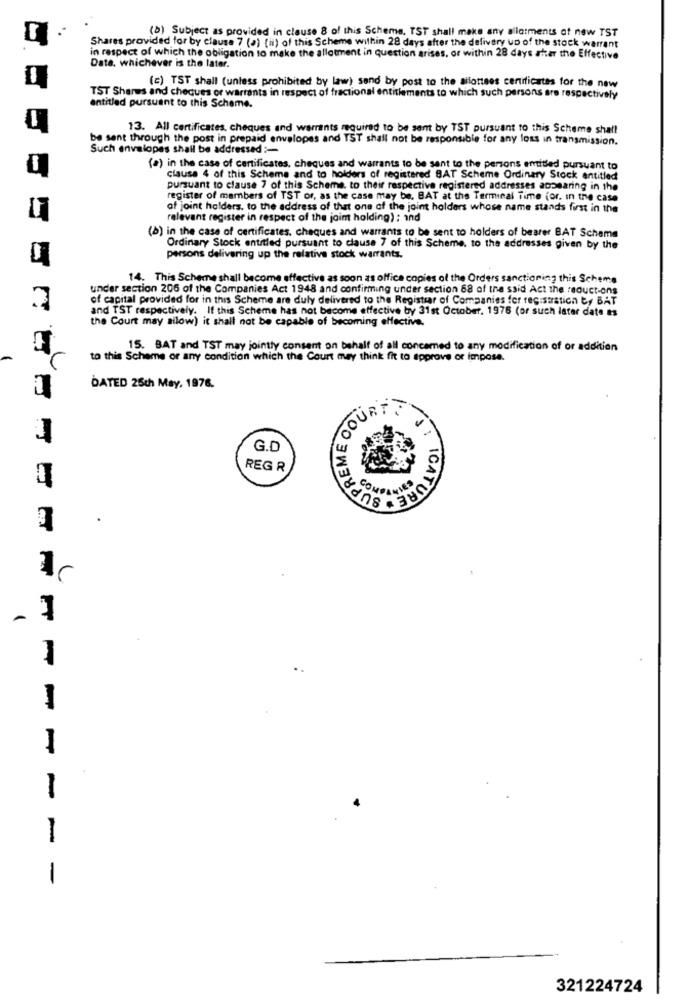
(b) Subject as provided in clause 8 of this Scheme. TST shall make any allotments of new TST
Shares provided for by clause 7 (a) (ii) of this Scheme within 28 days after the delivery up of the stock warrant
in respect of which the obligation to make the allotment in question arises, or within 28 days after the Effective
Date, whichever is the later.
(c) TST shall (unless prohibited by law) sand by post to the ailottees certificates for the new
TST Shares and cheques or warrants in respect of fractional entitlements to which such persons are respectively
entitled pursuant to this Scheme.
13. All certificates, cheques and warrants required to be sent by TST pursuant to this Scheme shall
be sent through the post in prepaid envelopes and TST shall not be responsible for any loss in transmission.
Such envelopes shall be addressed :-
(a) in the case of certificates, cheques and warrants to be sent to the persons emitted pursuant to
clause 4 of this Scheme and to holders of registered BAT Scheme Ordinary Stock entitled
pursuant to clause 7 of this Scheme. to their respective registered addresses appearing in the
register of members of TST or, as the case may be, BAT at the Terminal Time (or. in the case
af joint holders, to the address of that one of the joint holders whose name stands first in the
relevant register in respect of the jaim holding) : ind
(b) in the case of certificates, cheques and warrants to be sent to holders of bearer BAT Scheme
Ordinary Stock entitled pursuant to clause 7 of this Scheme, to the addresses given by the
persons delivering up the relative stock warrants.
14. This Scheme shall become effective as soon as office copies of the Orders sanctioning this Scheme
under section 206 of the Companies Act 1948 and confirming under section 68 of the said Act the reduct-ons
of capital provided for in this Scheme are duly delivered to the Registrar of Companies for registration by BAT
and TST respectively. If this Scheme has not become effective by 31st October, 1976 (or such later date es
the Court may ailow) it shall not be capable of becoming effective.
15. BAT and TST may jointly consent on behalf of all concamed to any modification of or addition
to this Scheme or any condition which the Court may think fit to approve or impose.
DATED 25ch May, 1976.
SUPREME OOUS
COURTS
G.D
REG R
ATICATURE
.
1
-
I
1
1
-
321224724